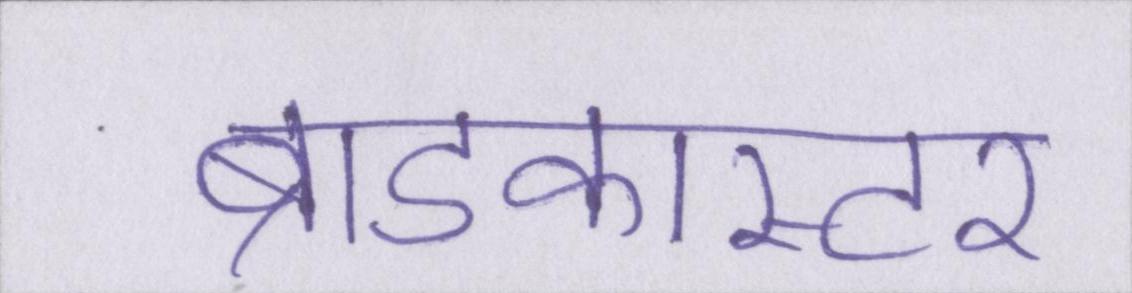
ब्राडकास्टर